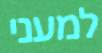
למעני